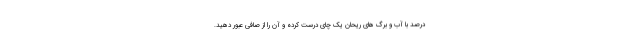
درصد با آب و برگ های ریحان یک چای درست کرده و آن را از صافی عبور دهید.